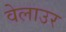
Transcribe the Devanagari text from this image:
वेलाउर